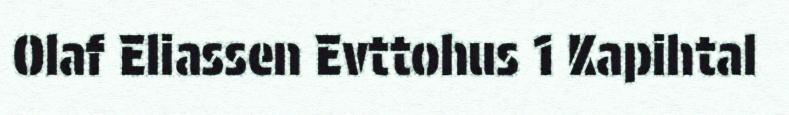
Olaf Eliassen Evttohus 1 Kapihtal